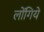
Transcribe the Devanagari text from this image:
लोंगिये